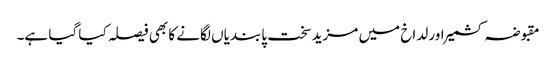
مقبوضہ کشمیر اور لداخ میں مزید سخت پابندیاں لگانے کا بھی فیصلہ کیا گیا ہے۔